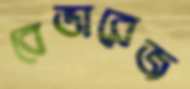
বেভারেজ